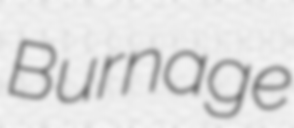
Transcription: Burnage